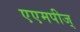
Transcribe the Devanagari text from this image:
एएमपीज्